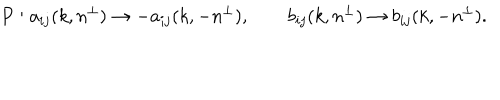
P : a _ { i j } ( k , n ^ { \perp } ) \rightarrow - a _ { i j } ( k , - n ^ { \perp } ) , \qquad b _ { i j } ( k , n ^ { \perp } ) \rightarrow b _ { i j } ( k , - n ^ { \perp } ) .